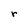
Character: r